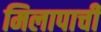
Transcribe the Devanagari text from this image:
मिलापाची